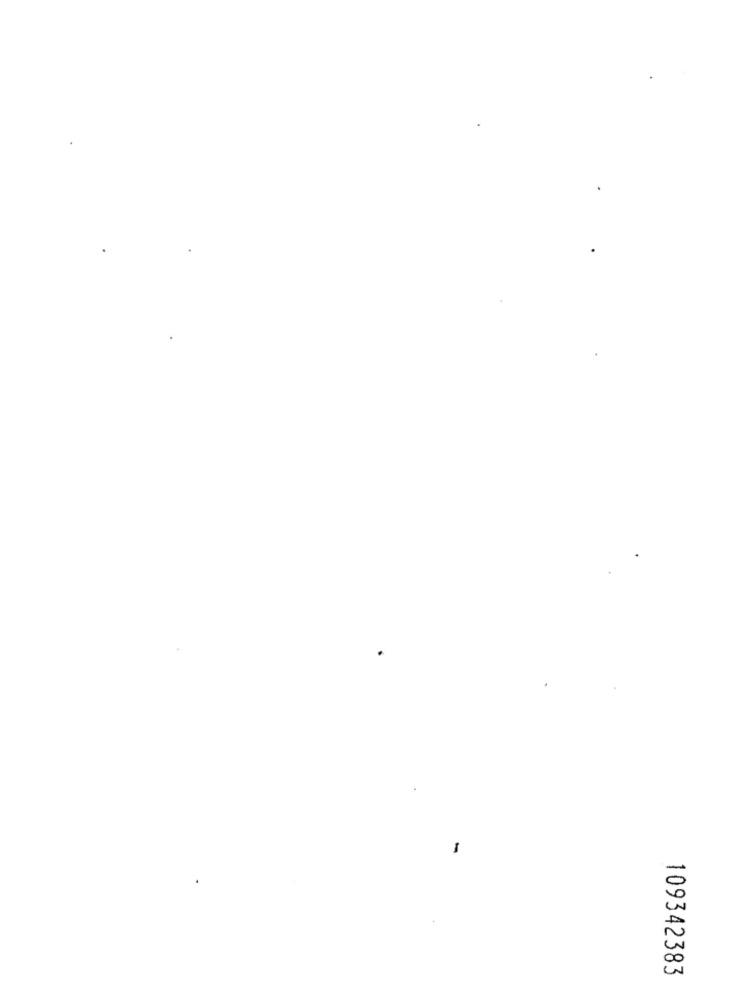
-
109342383